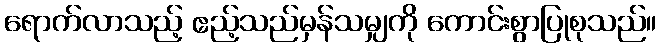
ရောက်လာသည့် ဧည့်သည်မှန်သမျှကို ကောင်းစွာပြုစုသည်။